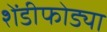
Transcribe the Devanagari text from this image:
शेंडीफोड्या